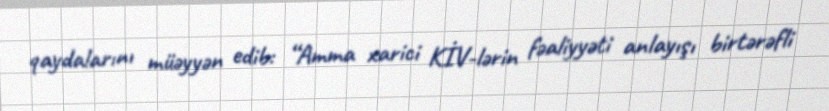
qaydalarını müəyyən edib: “Amma xarici KİV-lərin fəaliyyəti anlayışı birtərəfli